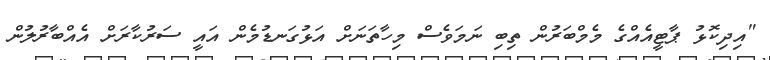
"އިދިކޮޅު ޕާޓީއެއްގެ މެމްބަރުން ތިބި ނަމަވެސް މިހާތަނަށް އަޅުގަނޑުމެން އައީ ސަރުކާރަށް އެއްބާރުލުން